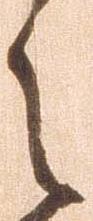
之